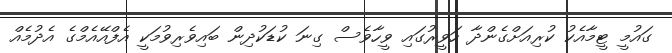
ގައުމީ ޓީމާއެކު ކުރިއަށްގެންދާ ހަވީރުގައި ވީހާވެސް ގިނަ ކުޑަކުދިން ބައިވެރިވުމަކީ އެފްއޭއެމްގެ އެދުމެއް